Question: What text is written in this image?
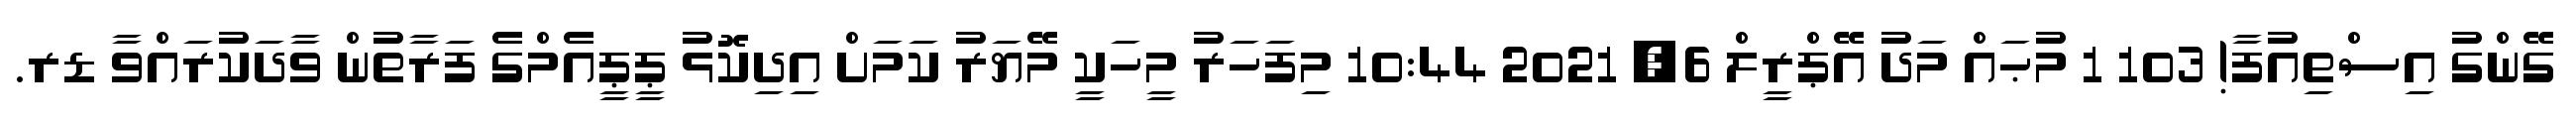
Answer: ގޭންގު އިސްތިއުފާ! 103 1 މުޙައް މަދު އޭޕްރީލް 6, 2021 10:44 މިފަހަރު މީހަކީ މޭޔަރު ކަމަށް އިދިކޮޅު ޕީޕީއެމްގެ ފަރާތުން ވާދަކުރައްވާ ޑރ.